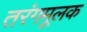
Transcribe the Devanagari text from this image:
तरंगमूलक